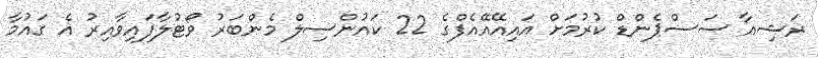
ރަޝިއާ ސަސްޕެންޑް ކުރުމަށް އައިއޭއޭއެފްގެ 22 ކައުންސިލް މެންބަރު ވޯޓުލާފައިވާއިރު އެ ގައުމާ